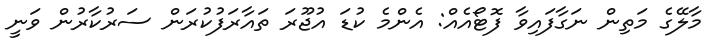
މާލޭގެ މަތިން ނަގާފައިވާ ފޮޓޯއެއް: އެންމެ ކުޑަ އުޖޫރަ ތައާރަފުކުރަން ސަރުކާރުން ވަނީ